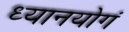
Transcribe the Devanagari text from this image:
ध्यानयोगं